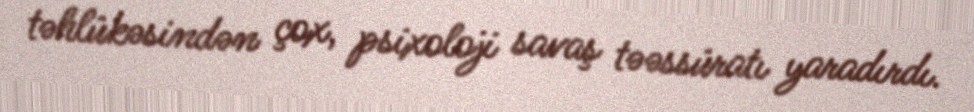
təhlükəsindən çox, psixoloji savaş təəssüratı yaradırdı.